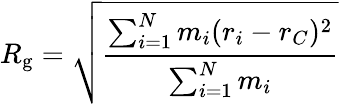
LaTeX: R_{\mathrm{g}}={\sqrt{\frac{\sum_{i=1}^{N}m_{i}(r_{i}-r_{C})^{2}}{\sum_{i=1}^{N}m_{i}}}}